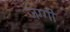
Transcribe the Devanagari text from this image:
जग्‍गी